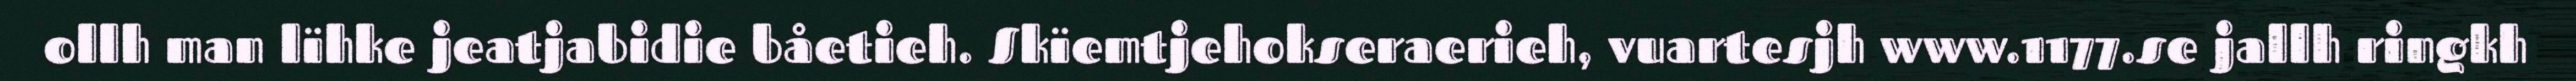
ollh man lïhke jeatjabidie båetieh. Skïemtjehokseraerieh, vuartesjh www.1177.se jallh ringkh